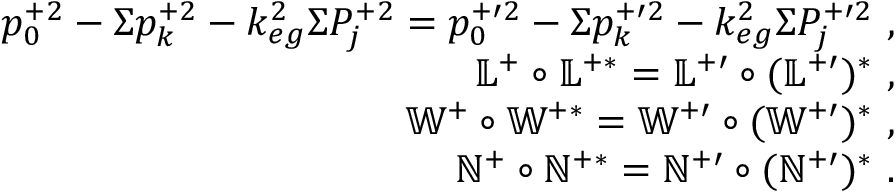
\begin{array} { r l r } & { } & { p _ { 0 } ^ { + 2 } - \Sigma p _ { k } ^ { + 2 } - k _ { e g } ^ { 2 } \Sigma P _ { j } ^ { + 2 } = p _ { 0 } ^ { + \prime 2 } - \Sigma p _ { k } ^ { + \prime 2 } - k _ { e g } ^ { 2 } \Sigma P _ { j } ^ { + \prime 2 } ~ , } \\ & { } & { \mathbb { L } ^ { + } \circ \mathbb { L } ^ { + \ast } = \mathbb { L } ^ { + \prime } \circ ( \mathbb { L } ^ { + \prime } ) ^ { \ast } ~ , } \\ & { } & { \mathbb { W } ^ { + } \circ \mathbb { W } ^ { + \ast } = \mathbb { W } ^ { + \prime } \circ ( \mathbb { W } ^ { + \prime } ) ^ { \ast } ~ , } \\ & { } & { \mathbb { N } ^ { + } \circ \mathbb { N } ^ { + \ast } = \mathbb { N } ^ { + \prime } \circ ( \mathbb { N } ^ { + \prime } ) ^ { \ast } ~ . } \end{array}